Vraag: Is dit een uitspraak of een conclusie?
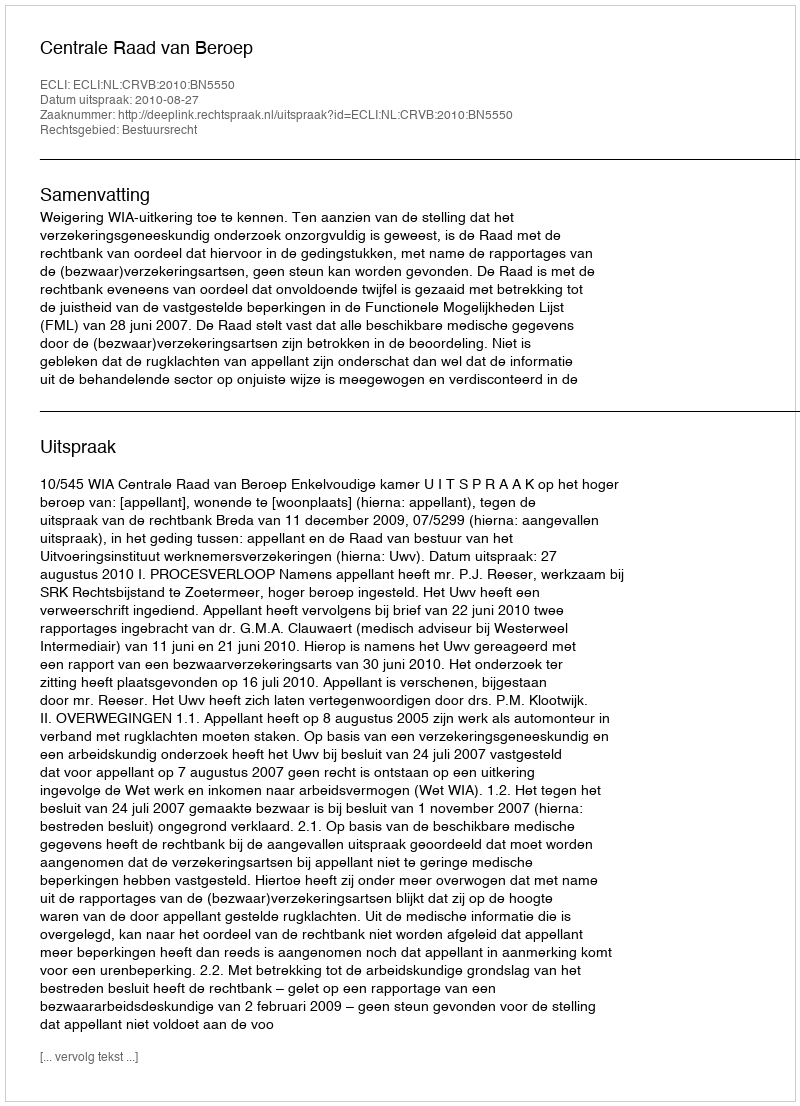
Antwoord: Uitspraak